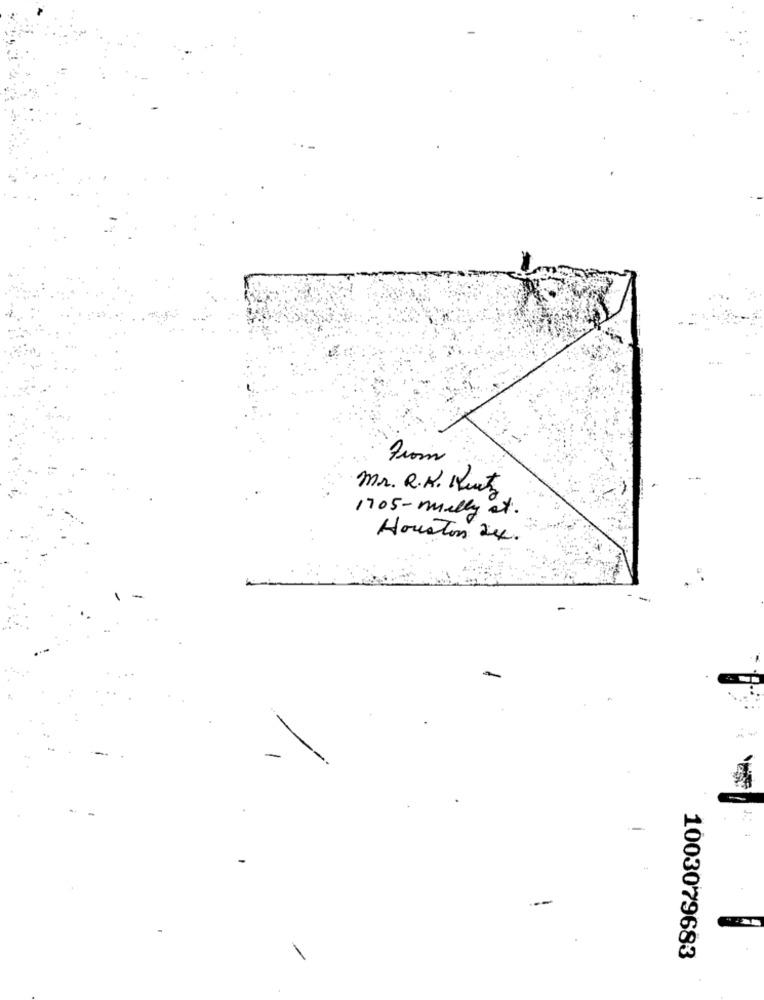
from
Mr. R.K. Kurtz
1705- melly at.
Houston de.
-
1003079683